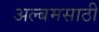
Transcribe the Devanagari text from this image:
अल्बमसाठी